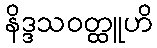
နိဒ္ဒသဝတ္ထူဟိ